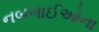
નબળાઈઓના